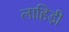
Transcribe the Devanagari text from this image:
लाहिडी़